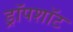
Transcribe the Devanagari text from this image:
ड्रॉपशॉट